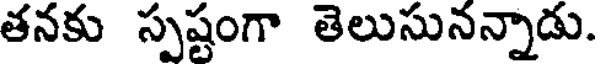
తనకు స్పష్టంగా తెలుసునన్నాడు.